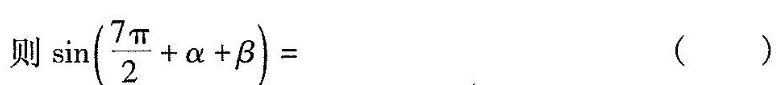
则 $$\sin ( \frac{7π }{2} + α + β )=$$